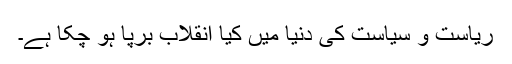
ریاست و سیاست کی دنیا میں کیا انقلاب برپا ہو چکا ہے۔